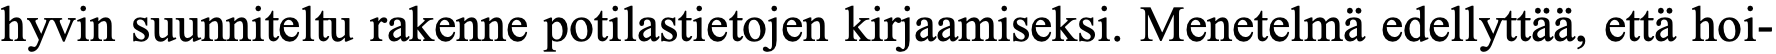
hyvin suunniteltu rakenne potilastietojen kirjaamiseksi. Menetelmä edellyttää, että hoi-